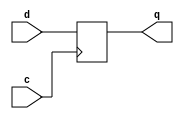
// =============================================================================
//
// Module:              A simple D-FF
//
// Description:
// ------------------------------------
// A simple D-FF with an initial state of '0'.
//
// License:
// =============================================================================
// Copyright 2016 Technische Universitaet Dresden - Germany
//		  Chair for VLSI-Design, Diagnostics and Architecture
//
// Licensed under the Apache License, Version 2.0 (the "License");
// you may not use this file except in compliance with the License.
// You may obtain a copy of the License at
//
//		http://www.apache.org/licenses/LICENSE-2.0
//
// Unless required by applicable law or agreed to in writing, software
// distributed under the License is distributed on an "AS IS" BASIS,
// WITHOUT WARRANTIES OR CONDITIONS OF ANY KIND, either express or implied.
// See the License for the specific language governing permissions and
// limitations under the License.
// =============================================================================

`timescale 1ns/1ps

module dff (c,d,q);
   	input wire c, d;
   	output reg q = 1'b0;

   		always @(posedge c)
    	begin
	// It is also possible to add an delay of less than one clock period
	// here.
		q <= d;
     	end

endmodule // dff